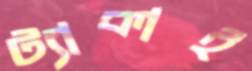
ট্যাকাই